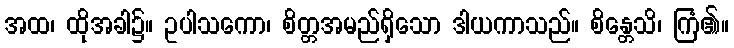
အထ၊ ထိုအခါ၌။ ဥပါသကော၊ စိတ္တအမည်ရှိသော ဒါယကာသည်။ စိန္တေသိ၊ ကြံ၏။